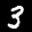
Label: 3